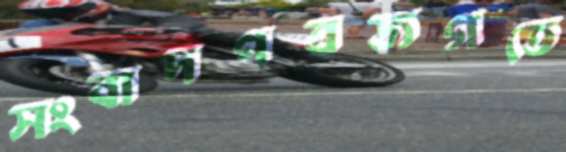
সংবাদপত্রজগতে